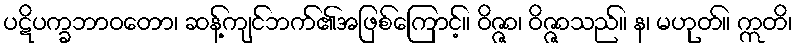
ပဋိပက္ခဘာဝတော၊ ဆန့်ကျင်ဘက်၏အဖြစ်ကြောင့်။ ဝိဇ္ဇာ၊ ဝိဇ္ဇာသည်။ န၊ မဟုတ်။ ဣတိ၊